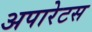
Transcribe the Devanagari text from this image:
अपारेटस